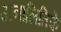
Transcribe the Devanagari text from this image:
अनालितिके